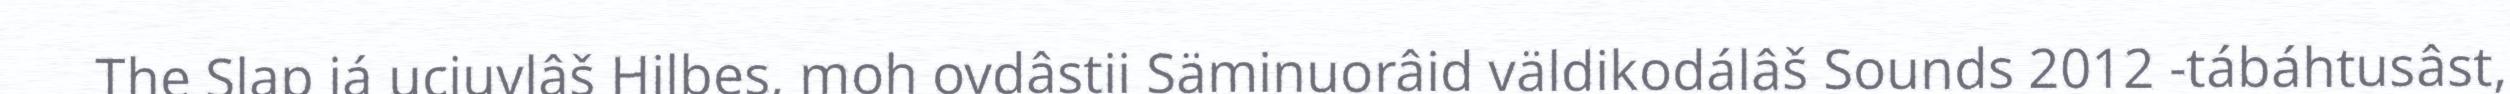
The Slap já ucjuvlâš Hilbes, moh ovdâstii Säminuorâid väldikodálâš Sounds 2012 -tábáhtusâst,